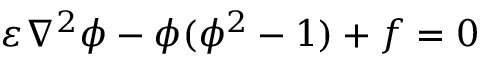
\varepsilon \nabla ^ { 2 } \phi - \phi ( \phi ^ { 2 } - 1 ) + f = 0